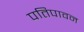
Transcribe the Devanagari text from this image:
पतिपावन